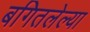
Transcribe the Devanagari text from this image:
बगितलेल्या